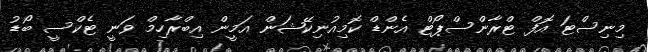
މިނިސްޓަ އޮފް ޓްރާންސްޕޯޓް އެންޑް ކޮމިއުނިކޭޝަން އަމީން އިބްރާހިމް ވަނީ ޓެކްސީ ބޯޑު